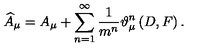
\widehat { A } _ { \mu } = A _ { \mu } + \sum _ { n = 1 } ^ { \infty } \frac 1 { m ^ { n } } \vartheta _ { \mu } ^ { n } \left( D , F \right) .